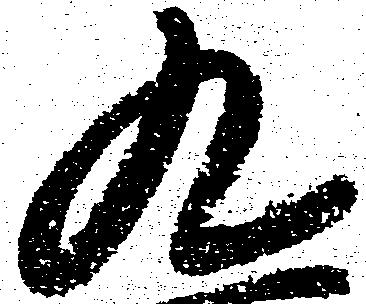
九